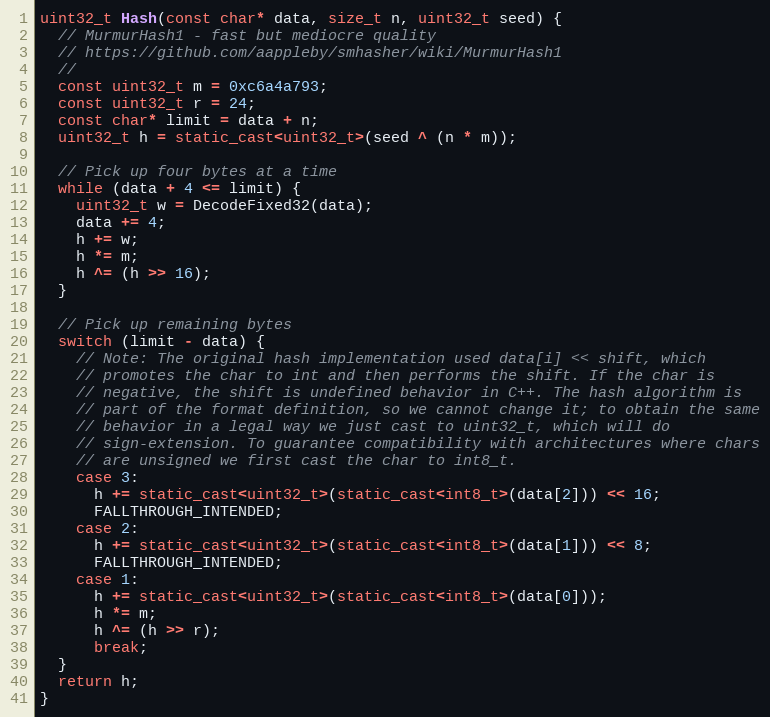
Language: C++
uint32_t Hash(const char* data, size_t n, uint32_t seed) {
  // MurmurHash1 - fast but mediocre quality
  // https://github.com/aappleby/smhasher/wiki/MurmurHash1
  //
  const uint32_t m = 0xc6a4a793;
  const uint32_t r = 24;
  const char* limit = data + n;
  uint32_t h = static_cast<uint32_t>(seed ^ (n * m));

  // Pick up four bytes at a time
  while (data + 4 <= limit) {
    uint32_t w = DecodeFixed32(data);
    data += 4;
    h += w;
    h *= m;
    h ^= (h >> 16);
  }

  // Pick up remaining bytes
  switch (limit - data) {
    // Note: The original hash implementation used data[i] << shift, which
    // promotes the char to int and then performs the shift. If the char is
    // negative, the shift is undefined behavior in C++. The hash algorithm is
    // part of the format definition, so we cannot change it; to obtain the same
    // behavior in a legal way we just cast to uint32_t, which will do
    // sign-extension. To guarantee compatibility with architectures where chars
    // are unsigned we first cast the char to int8_t.
    case 3:
      h += static_cast<uint32_t>(static_cast<int8_t>(data[2])) << 16;
      FALLTHROUGH_INTENDED;
    case 2:
      h += static_cast<uint32_t>(static_cast<int8_t>(data[1])) << 8;
      FALLTHROUGH_INTENDED;
    case 1:
      h += static_cast<uint32_t>(static_cast<int8_t>(data[0]));
      h *= m;
      h ^= (h >> r);
      break;
  }
  return h;
}